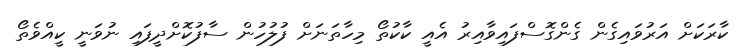
ކާރަކަށް އަރުވައިގެން ގެންގޮސްފައިވާއިރު އެއީ ކާކުތޯ މިހާތަނަށް ފުލުހުން ސާފުކޮށްދީފައި ނުވަނީ ކީއްވެތޯ